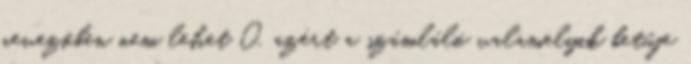
nevezőben nem lehet 0, azért a számláló valamelyik betűje